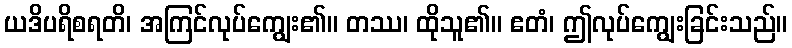
ယဒိပရိစရတိ၊ အကြင်လုပ်ကျွေး၏။ တဿ၊ ထိုသူ၏။ ဧတံ၊ ဤလုပ်ကျွေးခြင်းသည်။